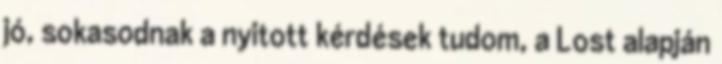
jó, sokasodnak a nyitott kérdések tudom, a Lost alapján